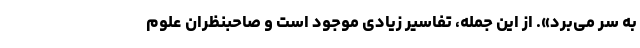
به سر می‌برد». از این جمله، تفاسیر زیادی موجود است و صاحبنظران علوم